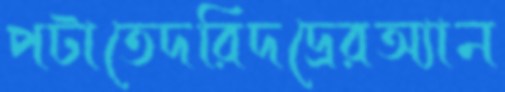
পটাতেদরিদদ্রেরঅ্যান